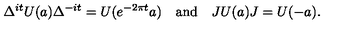
\Delta ^ { i t } U ( a ) \Delta ^ { - i t } = U ( e ^ { - 2 \pi t } a ) \quad \mathrm { a n d } \quad J U ( a ) J = U ( - a ) .